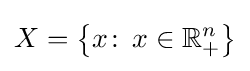
X=\left\{x\colon \,x\in \mathbb {R} _{+}^{n}\right\}